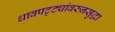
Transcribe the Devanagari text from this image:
धावपट्ट्यांवरुनसुद्धा